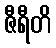
ဇီရီတိ